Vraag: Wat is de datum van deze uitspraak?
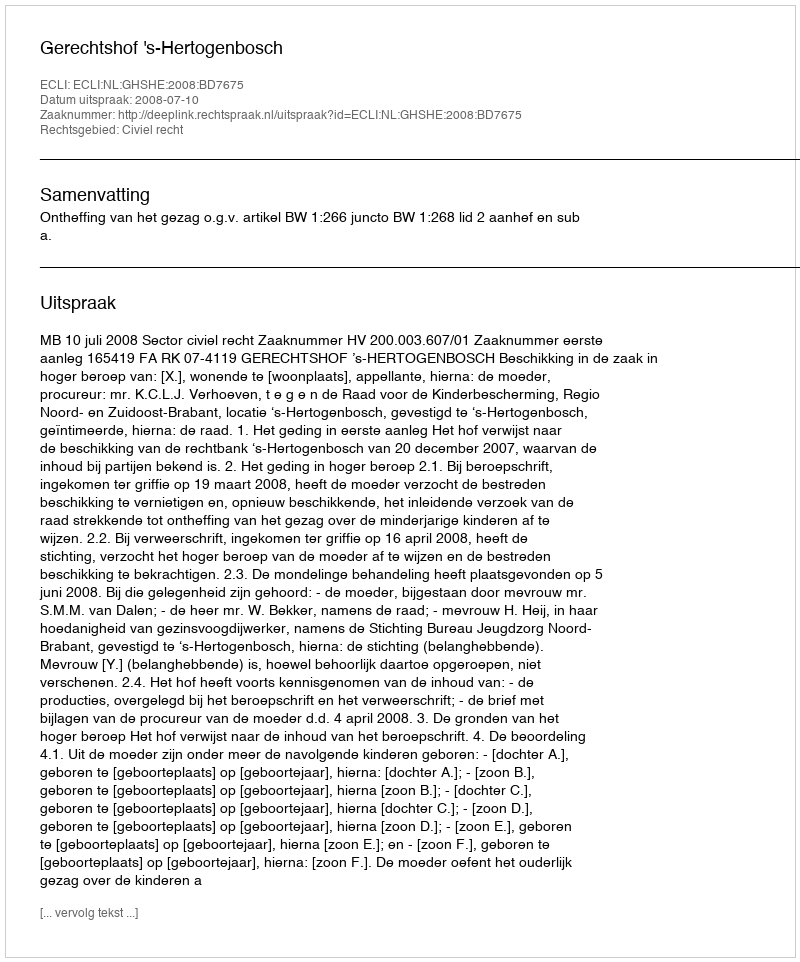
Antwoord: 2008-07-10